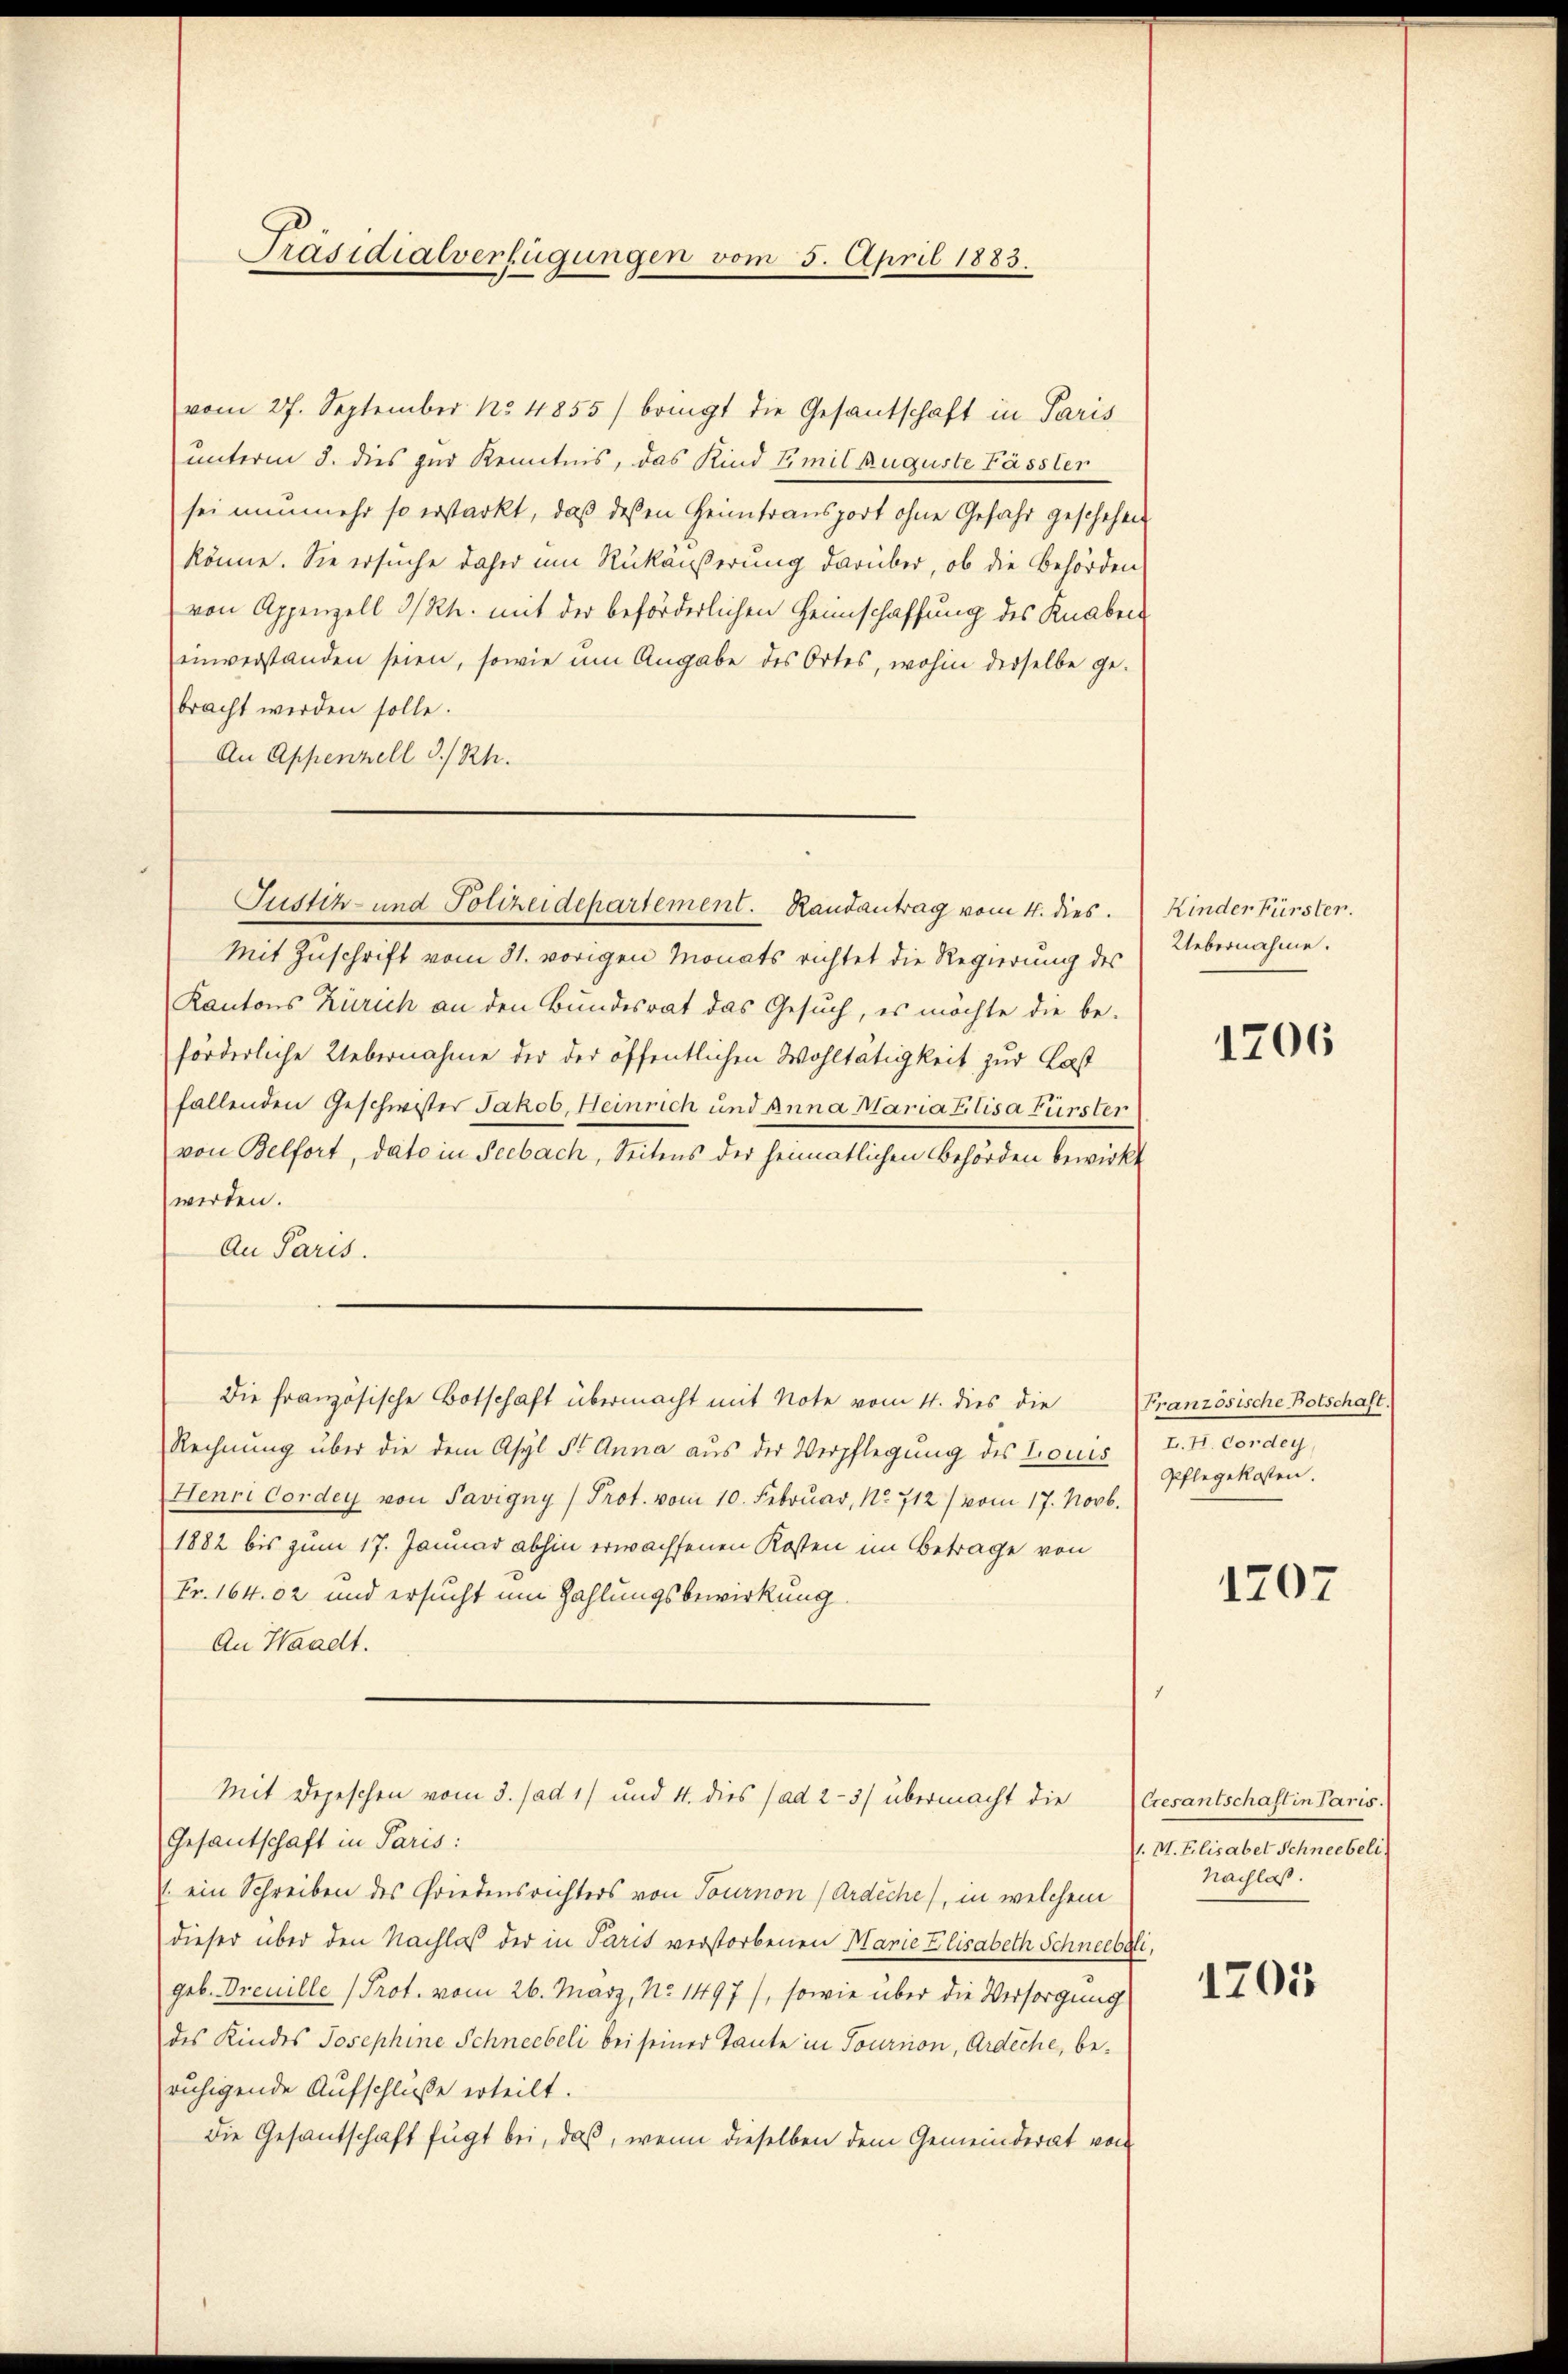
Präsidialverfügungen vom 5. April 1883.

vom 27. September No. 4855/ bringt die Gesantschaft in Paris
unterm 3. dies zur Kenntnis, das Kind Emil Auguste Fässler
sei nunmehr so erstarkt, daß deßen Heimtransport ohne Gefahr geschehen
könne. Sie ersuche daher um Rükäußerung darüber, ob die Behörden
von Appenzell I/Rh. mit der beförderlichen Heimschaffung des Knaben
einverstanden seien, sowie um Angabe des Ortes, wohin derselbe ge-
bracht werden solle.
An Appenzell I/Rh.
Mit Zuschrift vom 31. vorigen Monats richtet die Regierung des
Kantons Zürich an den Bundesrat das Gesuch, es möchte die be-
förderliche Uebernahme der der öffentlichen Wohltätigkeit zur Last
fallenden Geschwister Jakob, Heinrich und Anna Maria Elisa Fürster
von Belfort, dato in Seebach, Seitens der heimatlichen Behörden bewirkt
werden.
An Paris.
Die französische Botschaft übermacht mit Note vom 4. dies die
Rechnung über die dem Asyl St. Anna aus der Verpflegung des Louis I. Hr. Cordey,
Henri Corden von Savigny, Prot. vom 10. Februar, No. 712) vom 17. Novb.
1882 bis zum 17. Januar abhin erwachsenen Kosten im Betrage von
Fr. 164.02 und ersucht um Zahlungsbewirkung.
An Waadt.
Mit Depeschen vom 3. (ad 1) und 4. dies (ad 2-3/ übermacht die Cresantschaft in Paris.
Gesantschaft in Paris:
. ein Schreiben des Griedensrichters von Tournon (Ardiche), in welchem
dieser über den Nachlaß der in Paris verstorbenen Marie Elisabeth Schneebeli,
geb. Dreuille (Prot. vom 26. März, No. 1497), sowie über die Versorgung
des Kindes Josephine Schneebeli bei seiner Tante in Tourron, Ardeche, beruhigende Aufschluße erteilt.
Die Gesandschaft fügt bei, daß, wenn dieselben dem Gemeinderat vom

Justiz- und Polizeidepartement. Randantrag vom 4. dies

Kinder Fürster.
Uebernahme.

1206

Französische Botschaft.
Pflegekosten.

1707

.M. Elisabet Schneebeli
Nachlaß.

1205